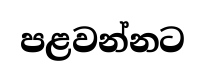
පළවන්නට